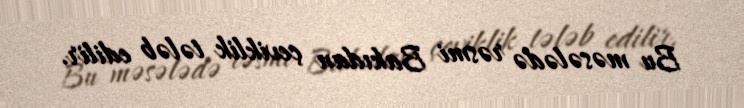
Bu məsələdə rəsmi Bakıdan çeviklik tələb edilir.